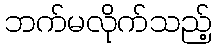
ဘက်မလိုက်သည့်